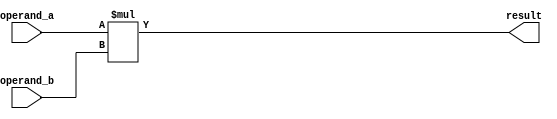
module multiplier(
  input [7:0] operand_a,
  input [7:0] operand_b,
  output reg [15:0] result
);

always @(*) begin
  result = operand_a * operand_b;
end

endmodule